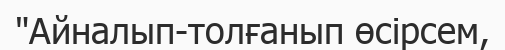
"Айналып-толғанып өсірсем,